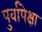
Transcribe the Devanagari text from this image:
पुर्वापेक्षा